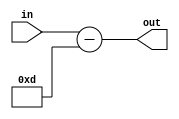
module minus13(
    input wire [7:0] in,
    output reg [7:0] out);

    always @* begin
        out = in - 8'd13;
    end

endmodule